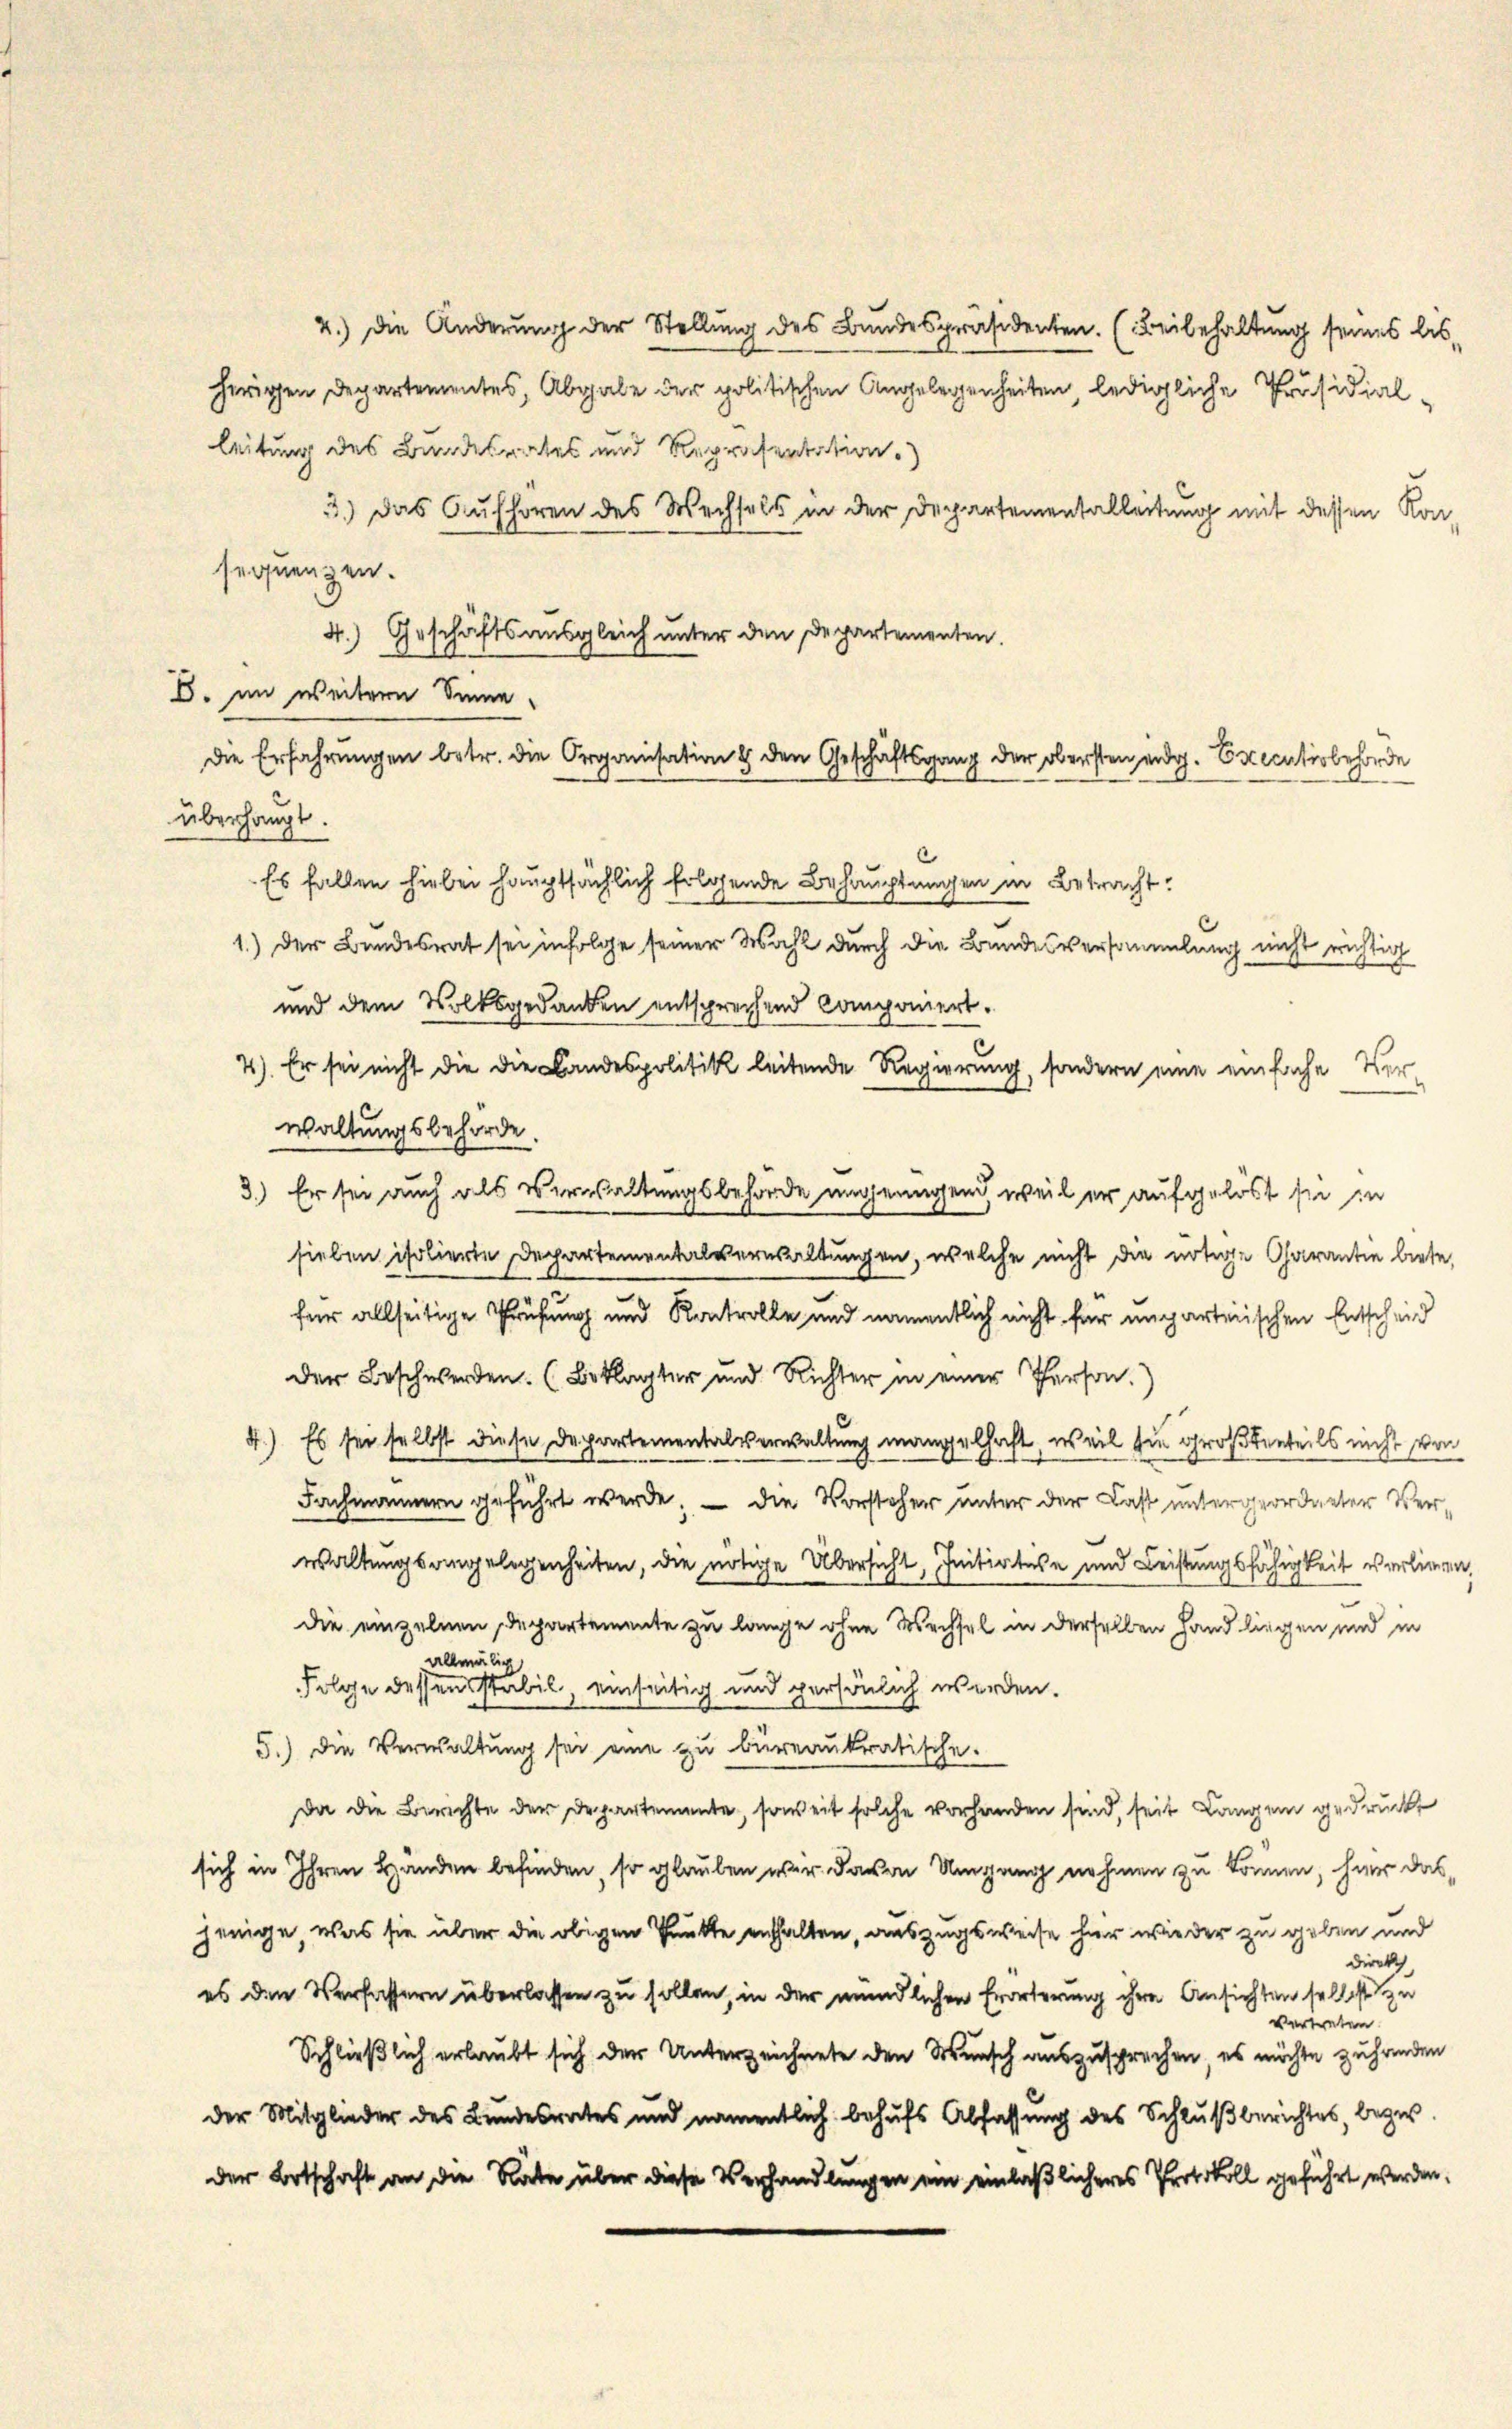
4.) Die Änderung der Stellung des Bundespräsidenten. (Beibehaltung seines bis-
herigen Departementes, Abgabe der politischen Angelegenheiten, ledigliche Präsidialleitung des Bundesrates und Repräsentation.)
3.) Das Aufhören des Wechsels in der Departementalleitung mit dessen Kon-
sequenzen.
4.) Geschäftsausgleich unter den Departementen.
4
E. im weitern Sinne
überhaupt.
Es fallen hiebei hauptsächlich folgende Behauptungen in Betracht:
c
1.) Der Bundesrat sei infolge seiner Wahl durch die Bundesversammlung nicht richtig
und dem Volksgedanken entsprechend Componiert.
4). Er sei nicht die die Landespolitik leitende Regierung, sondern eine einfache Verwaltungsbehörde.
3.) Er sei auch als Verwaltungsbehörde ungenügend, weil er aufgelöst sie in
sieben isolierte Departementalverwaltungen, welche nicht die nötige Carantie biete,
für allseitige Prüfung und Kontrolle und namentlich nicht für unparteiischen Entscheid
der Beschwerden. (Beklagter und Richter in einer Person.
4.) Es sei selbst diese Departementalverwaltung mangelhaft, weil sie großtenteils nicht von
.
Fachmännern geführt werde; — die Vorsteher unter der Last untergeordneter Verwaltungsangelegenheiten, die nötige Übersicht, Initiatise und Leistungsfähigkeit verlieren,
die einzelnen Departemente zu lange ohne Wechsel in derselben Hand liegen und in
allmälig
Folge dessen stabil, einseitig und persönlich werden.
5.) Die Verwaltung sei eine zu bureaukratische.
Da die Berichte der Departemente, soweit solche vorhanden sind, seit Langen gedruckt
sich in Ihren Handen befinden, so glauben wir davon Umgang nehmen zu können, hier das
jenige, was sie über die obigen Punkte enthalten, auszugsweise hier wieder zu geben und
direk
es den Verfassern überlassen zu sollen, in der mündlichen Erörterung ihre Ansichten selbst zu
vertreten.
Schließlich erlaubt sich der Unterzeichnete den Wunsch auszusprechen, es möchte zuhanden
der Mitglieder des Bundesrates und namentlich behufs Abfassung des Schlußberichtes, bezir
der Botschaft an die Rate über diese Verhandlungen ein einläßlicheres Protokoll geführt werden.

Die Erfahrungen betr. die Organisation 8 den Geschäftsgang der obersten eidg. Executivbehörde